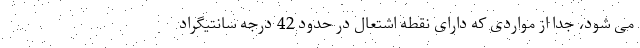
می شود، جدا از مواردی که دارای نقطه اشتعال در حدود 42 درجه سانتیگراد